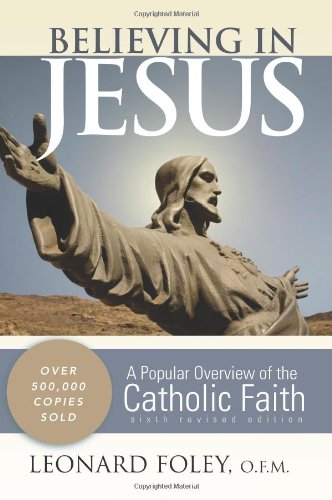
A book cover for Believing in Jesus: A Popular Overview of the Catholic Faith; Leonard Foley O.F.M.; Christian Books & Bibles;